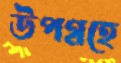
উপগ্রহে